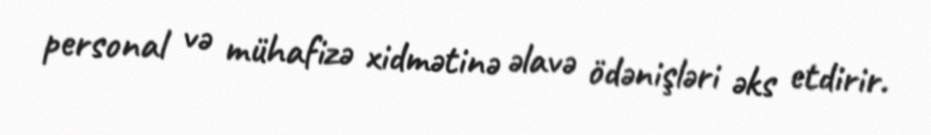
personal və mühafizə xidmətinə əlavə ödənişləri əks etdirir.